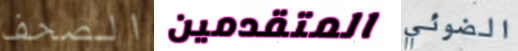
الصحف المتقدمين الضوئي